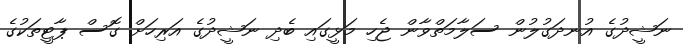
ނަޝީދުގެ އުނދަގުލުން ސަލާމަތްވާން ޖެހި މަޅީގައި ބެދި ނަޝީދުގެ އަރިހަށް ގޮސް ޕާޓީތަކުގެ